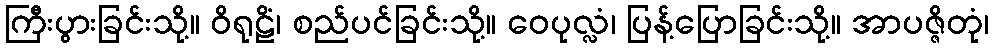
ကြီးပွားခြင်းသို့။ ဝိရုဠိံ၊ စည်ပင်ခြင်းသို့။ ဝေပုလ္လံ၊ ပြန့်ပြောခြင်းသို့။ အာပဇ္ဇိတုံ၊